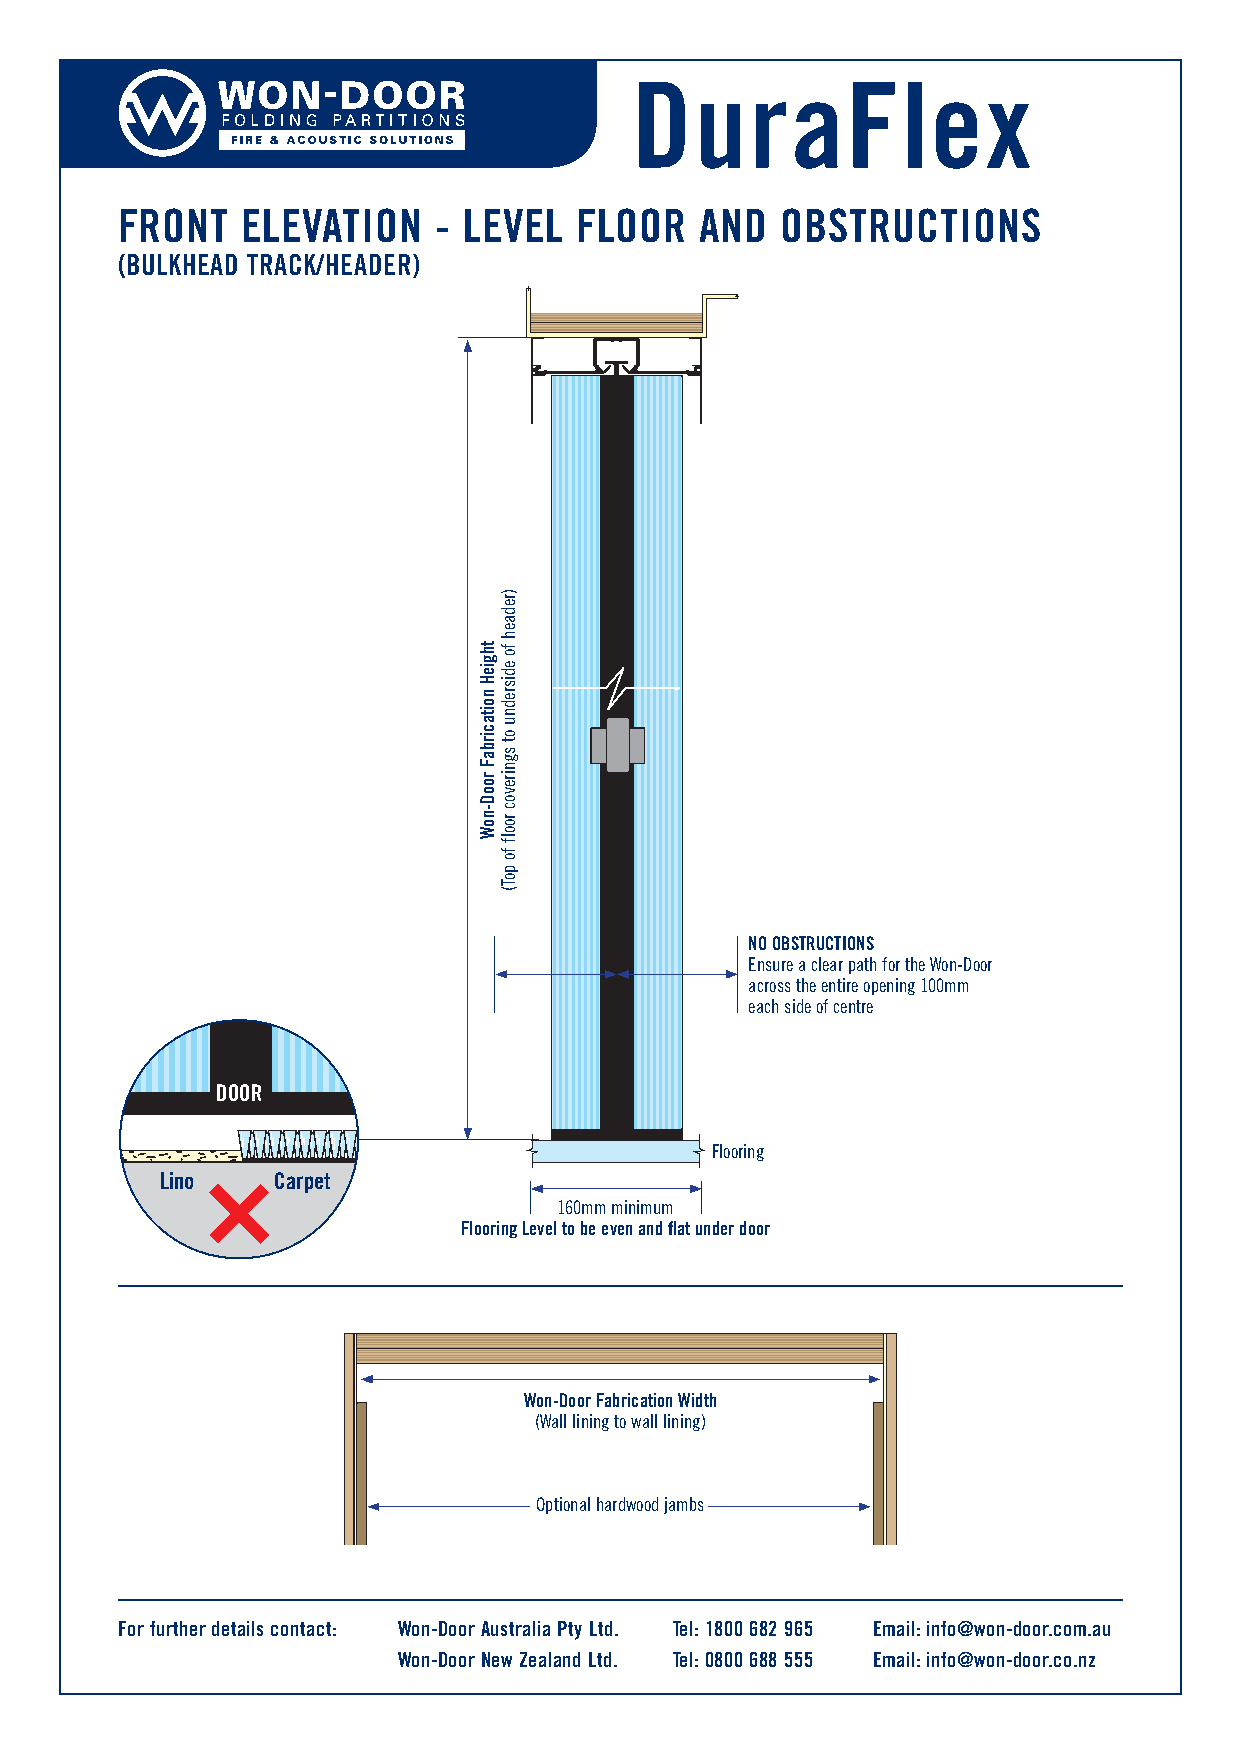
DuraFlex
 FRONT   ELEVATION    - LEVEL  FLOOR   AND   OBSTRUCTIONS
 (BULKHEAD TRACK/HEADER)
 NO OBSTRUCTIONS
 Ensure a clear path for the Won-Door
 across the entire opening 100mm
 each side of centre
 DOOR
 Flooring
 Lino   Carpet
 160mm minimum
 Flooring Level to be even and flat under door
 Won-Door Fabrication Width
 (Wall lining to wall lining)
 Optional hardwood jambs
 For further details contact: Won-Door Australia Pty Ltd. Tel: 1800 682 965 Email: info@won-door.com.au
 Won-Door New Zealand Ltd. Tel: 0800 688 555 Email: info@won-door.co.nz
 thgieH
 noitacirbaF
 rooD-noW
 )redaeh
 fo
 edisrednu
 ot
 sgnirevoc
 roolf
 fo
 poT(